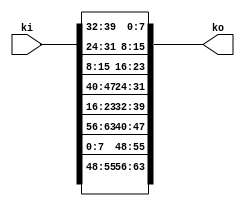
/*
 Designer: Mustafa Khairallah
 Nanyang Technological University
 Singapore
 Date: July, 2021
 */

/* 
 TK1 Key expansion corresponding to the 
 counter in Romulus. 
 */
module cnt_expansion (/*AUTOARG*/
   // Outputs
   ko,
   // Inputs
   ki
   ) ;
   output [63:0] ko;
   input  [63:0] ki;

   wire [63:0]   kp;

   assign kp[63:56] = ki[55:48];
   assign kp[55:48] = ki[ 7: 0];
   assign kp[47:40] = ki[63:56];
   assign kp[39:32] = ki[23:16];
   assign kp[31:24] = ki[47:40];
   assign kp[23:16] = ki[15: 8];
   assign kp[15: 8] = ki[31:24];
   assign kp[ 7: 0] = ki[39:32];

   assign ko = kp;
   
endmodule // cnt_expansion